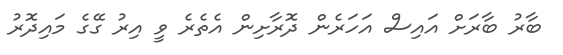
ބާރު ބާރަށް އައިސް އަހަރެން ދޮރާށިން އެތެރެ ވީ އިރު ގޭގެ މައިދޮރު